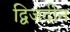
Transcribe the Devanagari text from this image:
द्विजदीन